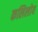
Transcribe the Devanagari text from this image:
कलिलोय